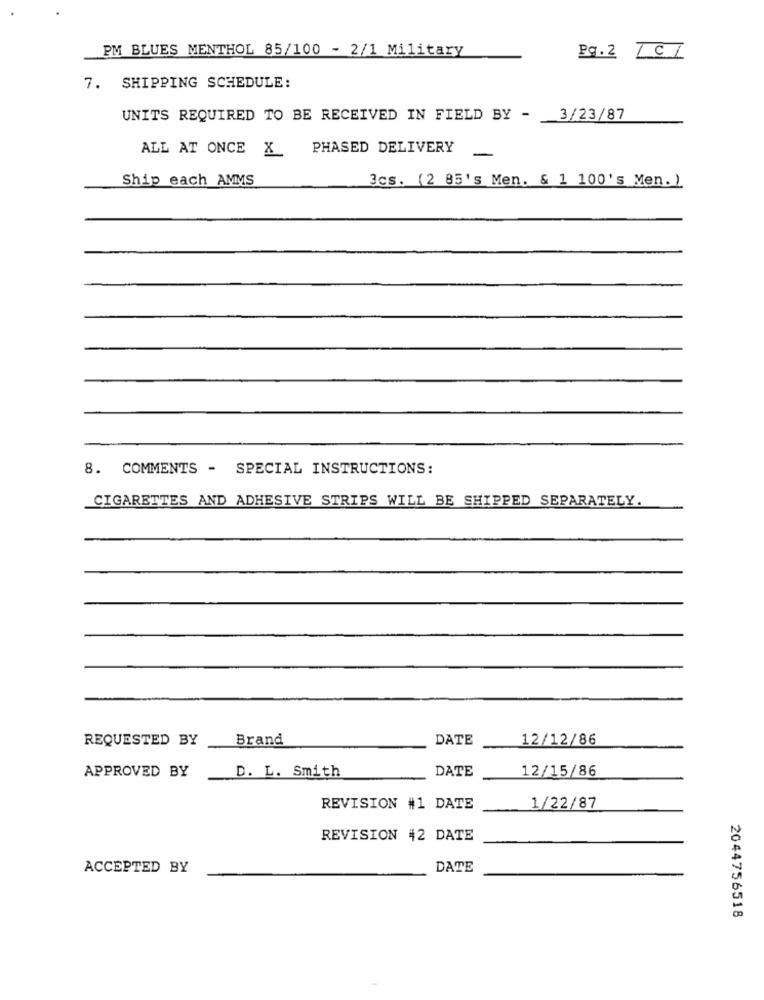
PM BLUES MENTHOL 85/100 - 2/1 Military
Pg. 2
7. SHIPPING SCHEDULE:
UNITS REQUIRED TO BE RECEIVED IN FIELD BY - 3/23/87
ALL AT ONCE X
PHASED DELIVERY
Ship each AMMS
3Gs. (2 85's Men. & 1 100's Men.)
8. COMMENTS - SPECIAL INSTRUCTIONS:
CIGARETTES AND ADHESIVE STRIPS WILL BE SHIPPED SEPARATELY.
REQUESTED BY
Brand
DATE
12/12/86
DATE
12/15/86
APPROVED BY
D. L. Smith
REVISION #1 DATE
1/22/87
REVISION 42 DATE
ACCEPTED BY
DATE
2044756518